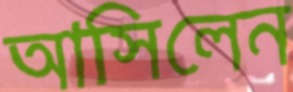
আসিলেন